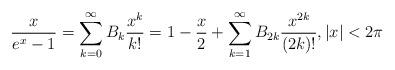
LaTeX: \begin{align*}\frac{x}{e^x-1}=\sum_{k=0}^\infty B_k\frac{x^k}{k!}=1-\frac{x}2+\sum_{k=1}^\infty B_{2k}\frac{x^{2k}}{(2k)!}, |x|<2\pi\end{align*}